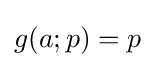
g(a;p)=p